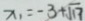
x _ { 1 } = - 3 + \sqrt { 1 7 }